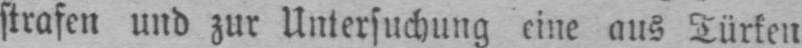
strafen und zur Untersuchung eine aus Türken